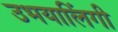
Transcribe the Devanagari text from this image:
उभयालिंगी